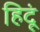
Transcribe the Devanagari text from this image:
हिदूं